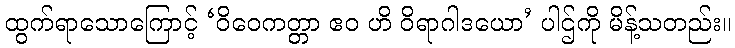
ထွက်ရာသောကြောင့် ‘ဝိဝေကတ္တာ ဧဝ ဟိ ဝိရာဂါဒယော’ ပါဌ်ကို မိန့်သတည်း။